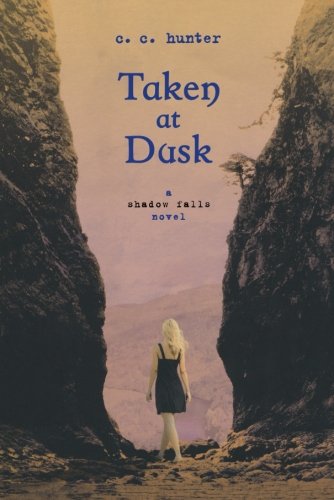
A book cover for Taken at Dusk: A Shadow Falls Novel; C. C. Hunter; Teen & Young Adult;